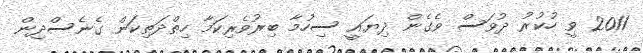
2011 ވީ ހުކުރު ދުވަސް ވެގެން ދިޔައީ ސިހުމާ ބިރުވެރިކަމާ ހިތްދަތިކަން ގެނެސްދިން